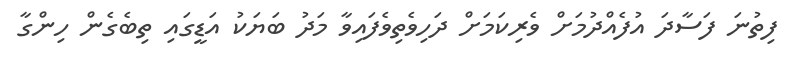
ފިތުނަ ފަސާދަ އުފެއްދުމަށް ވެރިކަމަށް ދަހިވެތިވެފައިވާ މަދު ބަޔަކު އަޑީގައި ތިބެގެން ހިންގާ